Assam Mental Hospital (Tezpur, India) - 1933-1948
Year: 1933
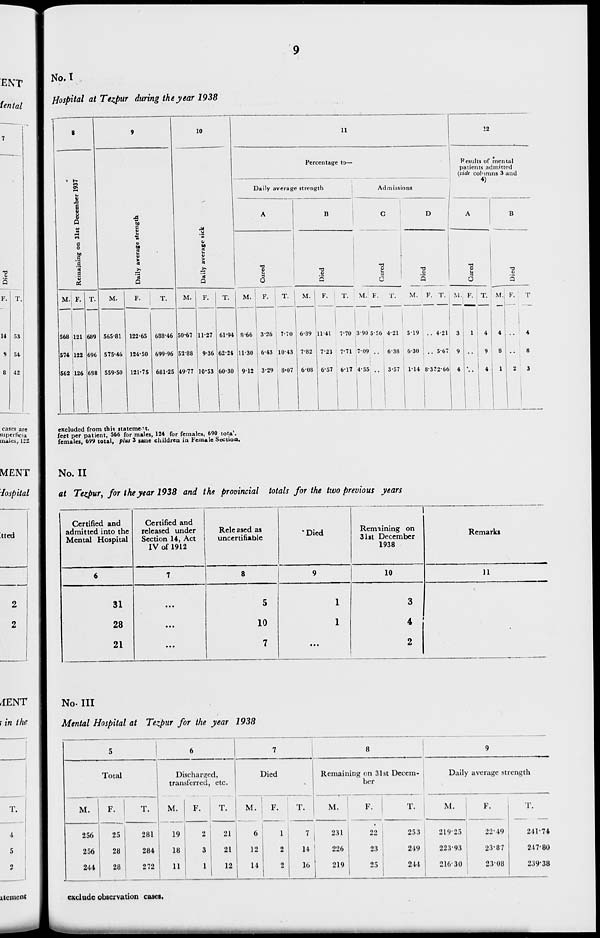
9
No. I
Hospital at Tezpur during the year 1938
8
Remaining on 31st December 1937
M.
568
574
562
F.
121
122
126
T.
689
696
688
9
Daily average strength
M.
565.81
575.46
559.50
F.
122.65
124.50
121.75
T.
688.46
699.96
681.25
10
Daily average sick
M.
50.67
52.88
49.77
F.
11.27
9.36
10.53
T.
61.94
62.24
60.30
11
Percentage to—
Daily average strength
A
Cured
M.
8.66
11.30
9.12
F.
3.26
6.43
3.29
T.
7.70
10.43
8.07
B
Died
M.
6.89
7.82
6.08
F.
11.41
7.23
6.57
T.
7.70
7.71
6.17
Admissions
C
Cured
M.
3.90
7.09
4.55
F.
5.56
..
..
T.
4.21
6.38
3.57
D
Died
M.
5.19
6.30
1.14
F.
..
..
8.33
T.
4.21
5.67
2.66
12
Results
of mental
patients admitted
(vide columns 3 and
4)
A
Cured
M.
3
9
4
F.
1
..
..
T.
4
9
4
B
Died
M.
4
8
1
F.
..
2
T
4
8
3
excluded from this statement.
feet per patient, 566 for males, 124 for females, 690 total.
females, 699 total, plus 3 sane children in Female Section.
No. II
at Tezpur, for the year 1938 and the provincial totals for the two previous years
Certified and
admitted into the
Mental Hospital
6
31
28
21
Certified and
released under
Section 14, Act
IV of 1912
7
...
...
...
Released as
uncertifiable
8
5
10
7
Died
9
1
1
...
Remaining on
31st December
1938
10
3
4
2
Remarks
11
No. III
Mental Hospital at Tezpur for the year 1938
5
Total
M.
256
256
244
F.
25
28
28
T.
281
284
272
6
Discharged,
transferred, etc.
M.
19
18
11
2
3
1
T.
21
21
12
7
Died
M.
6
12
14
F.
1
2
2
T.
7
14
10
8
Remaining on 31st Decern-
ber
M.
231
226
219
F.
22
23
25
T.
253
249
244
9
Daily average strength
M.
219.25
223.93
216.30
F.
22.49
23.87
23.08
T.
241.74
247.80
239.38
exclude observation cases.